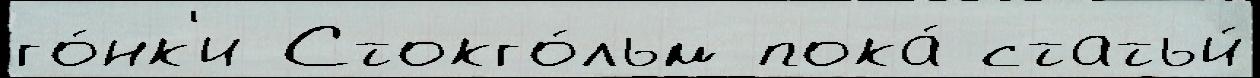
го́нк'и Стокго́льм пока́ статьи́